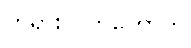
တရားလွှတ်တော်က